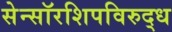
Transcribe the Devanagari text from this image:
सेन्सॉरशिपविरुद्ध